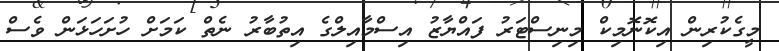
މީގެކުރިން އިކޮނޮމިކް މިނިސްޓަރު ފައްޔާޒު އިސްމާއިލްގެ އިތުބާރު ނެތް ކަމަށް ހުށަހަޅަން ވެސް